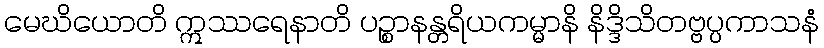
မေဃိယောတိ ဣဿရေနာတိ ပဉ္စာနန္တရိယကမ္မာနိ နိဒ္ဒိသိတဗ္ဗပ္ပကာသနံ